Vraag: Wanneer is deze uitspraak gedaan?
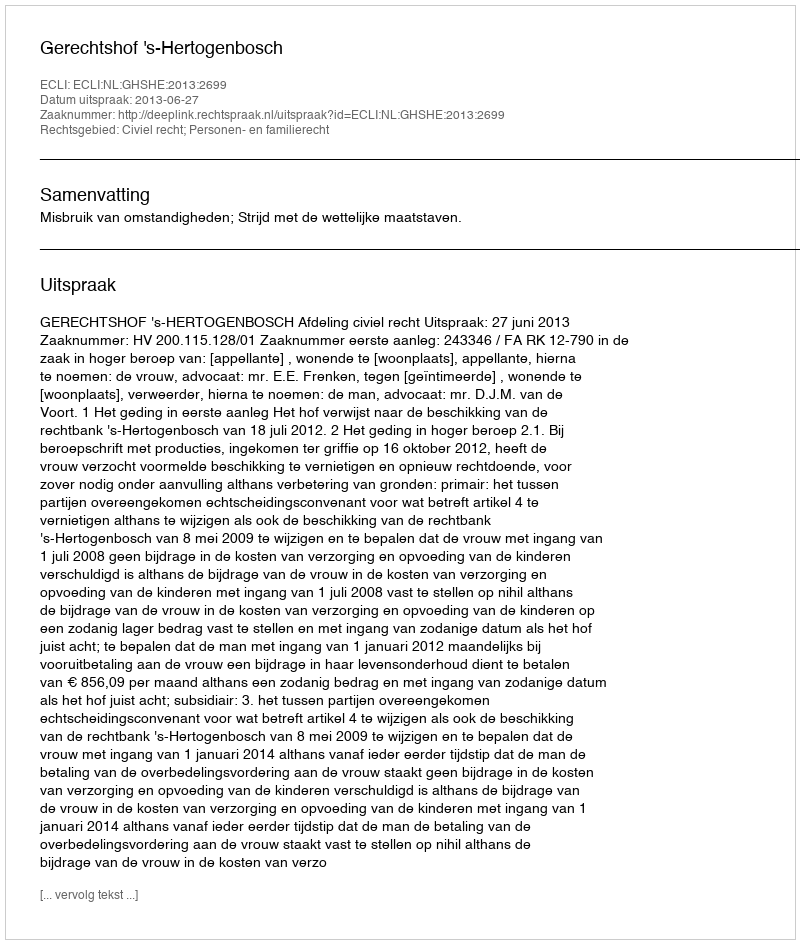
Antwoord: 2013-06-27